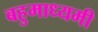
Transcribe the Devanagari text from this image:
बहुमाध्यमी